Indian journal of veterinary science and animal husbandry - Volume 5,
Year: 1935
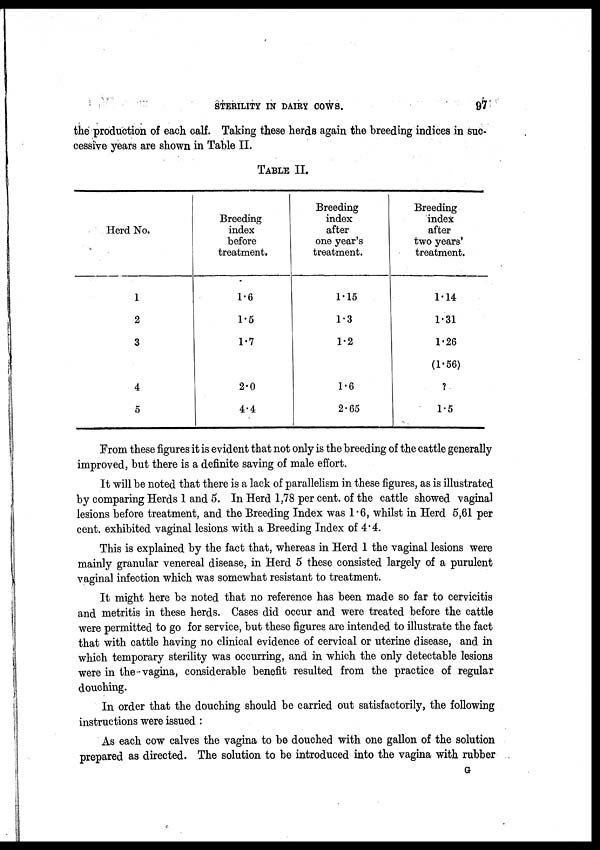
STERILITY IN DAIRY COWS.
97
the production of each calf. Taking these herds again the breeding indices in suc-
cessive years are shown in Table II.
TABLE II.
Herd No.
1
2
3
4
5
Breeding
index
before
treatment.
1.6
1.5
1.7
2.0
4.4
Breeding
index
after
one year's
treatment.
1.15
1.3
1.2
1.6
2.65
Breeding
index
after
two years'
treatment.
1.14
1.31
1.26
(1.56)
?
1.5
From these figures it is evident that not only is the breeding of the cattle generally
improved, but there is a definite saving of male effort.
It will be noted that there is a lack of parallelism in these figures, as is illustrated
by comparing Herds 1 and 5. In Herd 1,78 per cent. of the cattle showed vaginal
lesions before treatment, and the Breeding Index was 1.6, whilst in Herd 5,61 per
cent. exhibited vaginal lesions with a Breeding Index of 4.4.
This is explained by the fact that, whereas in Herd 1 the vaginal lesions were
mainly granular venereal disease, in Herd 5 these consisted largely of a purulent
vaginal infection which was somewhat resistant to treatment.
It might here be noted that no reference has been made so far to cervicitis
and metritis in these herds. Cases did occur and were treated before the cattle
were permitted to go for service, but these figures are intended to illustrate the fact
that with cattle having no clinical evidence of cervical or uterine disease, and in
which temporary sterility was occurring, and in which the only detectable lesions
were in the vagina, considerable benefit resulted from the practice of regular
douching.
In order that the douching should be carried out satisfactorily, the following
instructions were issued :
As each cow calves the vagina to be douched with one gallon of the solution
prepared as directed. The solution to be introduced into the vagina with rubber
G